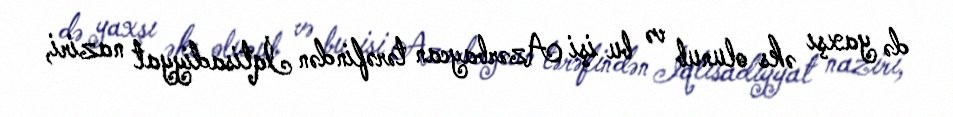
də yaxşı əks olunub və bu işi Azərbaycan tərəfindən İqtisadiyyat naziri,